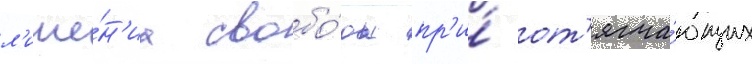
л'ише́н'иа свобо́ды пр'и́ от'ягча́ющих